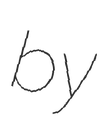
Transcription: by